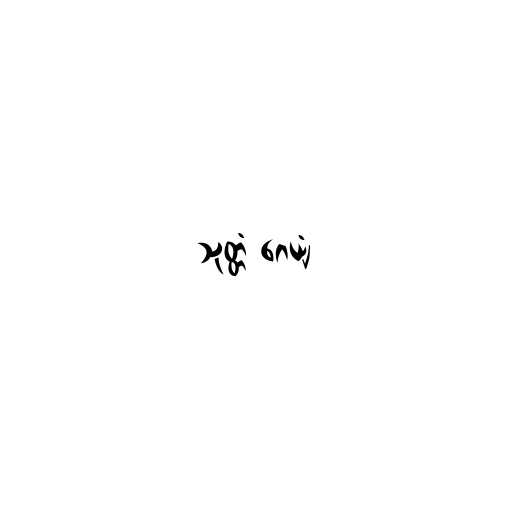
သုတ္တံ ဂေယျံ